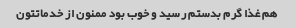
هم غذا گرم بدستم رسید و خوب بود ممنون از خدماتتون